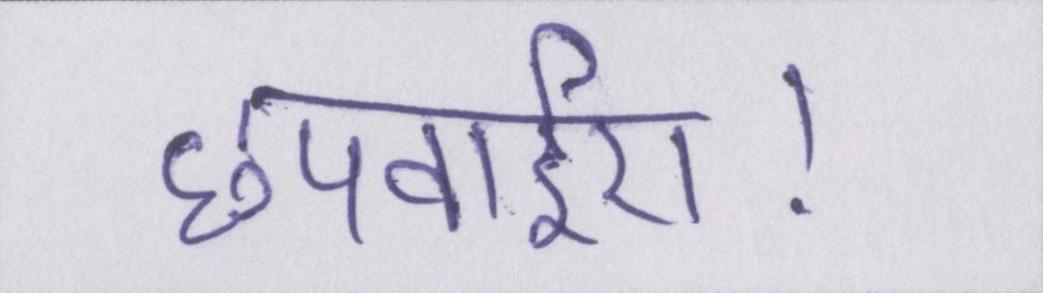
छपवाईए।